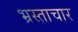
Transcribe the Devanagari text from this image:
भ्रस्ताचार